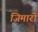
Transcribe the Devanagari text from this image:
जिमारों